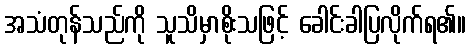
အသံတုန်သည်ကို သူသိမှာစိုးသဖြင့် ခေါင်းခါပြလိုက်ရ၏။